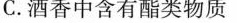
C.酒香中含有酯类物质